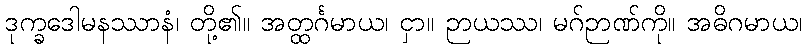
ဒုက္ခဒေါမနဿာနံ၊ တို့၏။ အတ္ထင်္ဂမာယ၊ ငှာ။ ဉာယဿ၊ မဂ်ဉာဏ်ကို။ အဓိဂမာယ၊